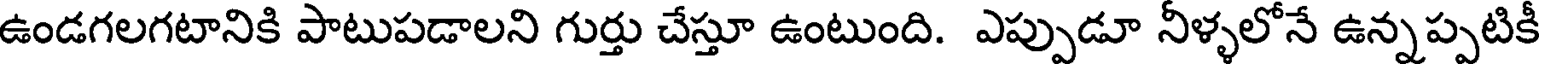
ఉండగలగటానికి పాటుపడాలని గుర్తు చేస్తూ ఉంటుంది. ఎప్పుడూ నీళ్ళలోనే ఉన్నప్పటికీ